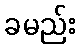
ခမည်း